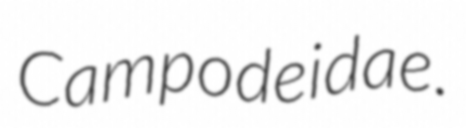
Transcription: Campodeidae.